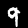
Label: 9